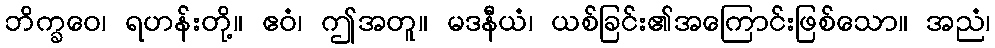
ဘိက္ခဝေ၊ ရဟန်းတို့။ ဧဝံ၊ ဤအတူ။ မဒနီယံ၊ ယစ်ခြင်း၏အကြောင်းဖြစ်သော။ အညံ၊